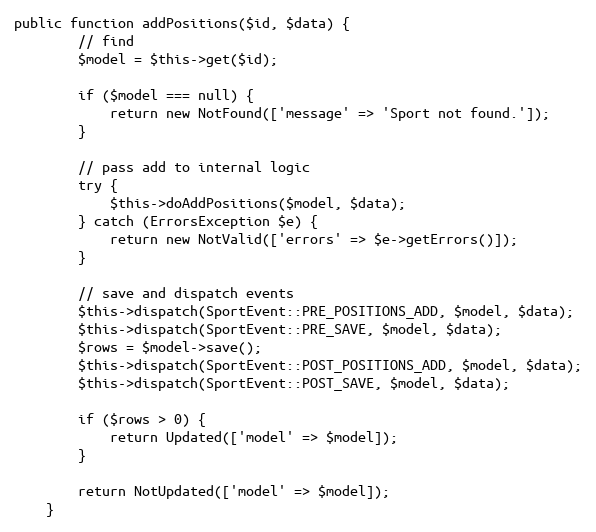
Language: PHP
public function addPositions($id, $data) {
		// find
		$model = $this->get($id);

		if ($model === null) {
			return new NotFound(['message' => 'Sport not found.']);
		}

		// pass add to internal logic
		try {
			$this->doAddPositions($model, $data);
		} catch (ErrorsException $e) {
			return new NotValid(['errors' => $e->getErrors()]);
		}

		// save and dispatch events
		$this->dispatch(SportEvent::PRE_POSITIONS_ADD, $model, $data);
		$this->dispatch(SportEvent::PRE_SAVE, $model, $data);
		$rows = $model->save();
		$this->dispatch(SportEvent::POST_POSITIONS_ADD, $model, $data);
		$this->dispatch(SportEvent::POST_SAVE, $model, $data);

		if ($rows > 0) {
			return Updated(['model' => $model]);
		}

		return NotUpdated(['model' => $model]);
	}